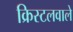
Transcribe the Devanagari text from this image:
क्रिस्टलवाले